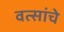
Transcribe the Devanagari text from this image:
वत्सांचे